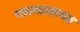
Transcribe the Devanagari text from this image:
पथनाट्यगट